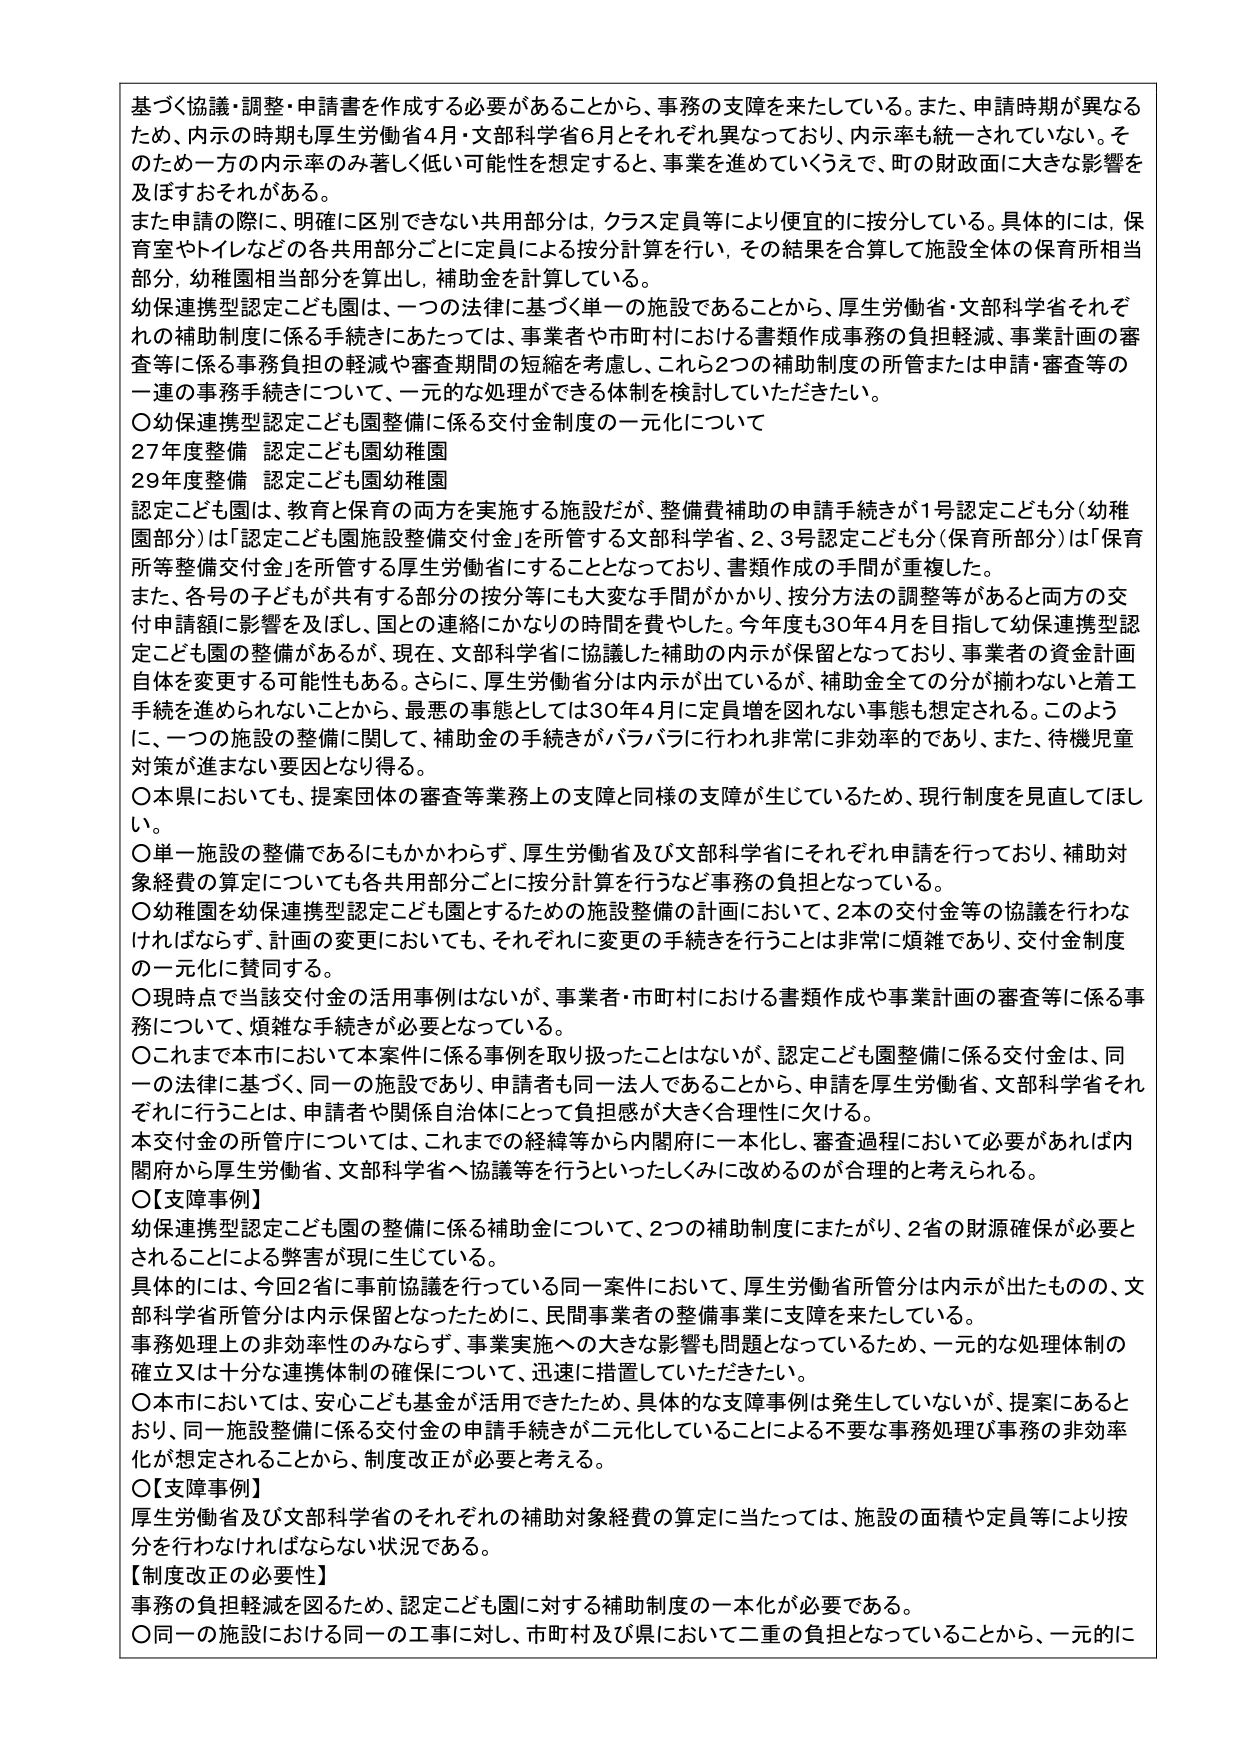
基づく協議・調整・申請書を作成する必要があることから、事務の支障を来たしている。また、申請時期が異なるため、内示の時期も厚生労働省4月・文部科学省6月とそれぞれ異なっており、内示率も統一されていない。そのため一方の内示率のみ著しく低い可能性を想定すると、事業を進めていくうえで、町の財政面に大きな影響を及ぼすおそれがある。

また申請の際に、明確に区別できない共用部分は、クラス定員等により便宜的に按分している。具体的には、保育室やトイレなどの各共用部分ごとに定員による按分計算を行い、その結果を合算して施設全体の保育所相当部分、幼稚園相当部分を算出し、補助金を計算している。

幼保連携型認定こども園は、一つの法律に基づく単一の施設であることから、厚生労働省・文部科学省それぞれの補助制度に係る手続きにあたっては、事業者や市町村における書類作成事務の負担軽減、事業計画の審査等に係る事務負担の軽減や審査期間の短縮を考慮し、これら2つの補助制度の所管または申請・審査等の一連の事務手続きについて、一元的な処理ができる体制を検討していただきたい。

〇幼保連携型認定こども園整備に係る交付金制度の一元化について
27年度整備 認定こども園幼稚園
29年度整備 認定こども園幼稚園

認定こども園は、教育と保育の両方を実施する施設だが、整備費補助の申請手続きが1号認定こども分（幼稚園部分）は「認定こども園施設整備交付金」を所管する文部科学省、2、3号認定こども分（保育所部分）は「保育所等整備交付金」を所管する厚生労働省にすることとなっており、書類作成の手間が重複した。

また、各号の子どもが共有する部分の按分等にも大変な手間がかかり、按分方法の調整等があると両方の交付申請額に影響を及ぼし、国との連絡にかなりの時間を費やした。今年度も30年4月を目指して幼保連携型認定こども園の整備があるが、現在、文部科学省に協議した補助の内示が保留となっており、事業者の資金計画自体を変更する可能性もある。さらに、厚生労働省分は内示が出ているが、補助金全ての分が揃わない着工手続を進められないことから、最悪の事態としては30年4月に定員増を図れない事態も想定される。このように、一つの施設の整備に関して、補助金の手続きがバラバラに行われ非常に非効率的であり、また、待機児童対策が進まない要因となり得る。

〇本県においても、提案団体の審査等業務上の支障と同様の支障が生じているため、現行制度を見直してほしい。

〇単一施設の整備であるにもかかわらず、厚生労働省及び文部科学省にそれぞれ申請を行っており、補助対象経費の算定についても各共用部分ごとに按分計算を行うなど事務の負担となっている。

〇幼稚園を幼保連携型認定こども園とするための施設整備の計画において、2本の交付金等の協議を行わなければならず、計画の変更においても、それぞれに変更の手続きを行うことは非常に煩雑であり、交付金制度の一元化に賛同する。

〇現時点で当該交付金の活用事例はないが、事業者・市町村における書類作成や事業計画の審査等に係る事務について、煩雑な手続きが必要となっている。

〇これまで本市において本案件に係る事例を取り扱ったことはないが、認定こども園整備に係る交付金は、同一の法律に基づく、同一の施設であり、申請者も同一法人であることから、申請を厚生労働省、文部科学省それぞれに行うことは、申請者や関係自治体にとって負担感が大きく合理性に欠ける。

本交付金の所管庁については、これまでの経緯等から内閣府に一本化し、審査過程において必要があれば内閣府から厚生労働省、文部科学省へ協議等を行うといったしくみに改めるのが合理的と考えられる。

〇【支障事例】
幼保連携型認定こども園の整備に係る補助金について、2つの補助制度にまたがり、2省の財源確保が必要とされることによる弊害が現に生じている。

具体的には、今回2省に事前協議を行っている同一案件において、厚生労働省所管分は内示が出たものの、文部科学省所管分は内示保留となったために、民間事業者の整備事業に支障を来たしている。

事務処理上の非効率性のみならず、事業実施への大きな影響も問題となっているため、一元的な処理体制の確立又は十分な連携体制の確保について、迅速に措置していただきたい。

〇本市においては、安心こども基金が活用できたため、具体的な支障事例は発生していないが、提案にあるとおり、同一施設整備に係る交付金の申請手続きが二元化していることによる不要な事務処理及び事務の非効率化が想定されることから、制度改正が必要と考える。

〇【支障事例】
厚生労働省及び文部科学省のそれぞれの補助対象経費の算定に当たっては、施設の面積や定員等により按分を行わなければならない状況である。

【制度改正の必要性】
事務の負担軽減を図るため、認定こども園に対する補助制度の一本化が必要である。

〇同一の施設における同一の工事に対し、市町村及び県において二重の負担となっていることから、一元的に